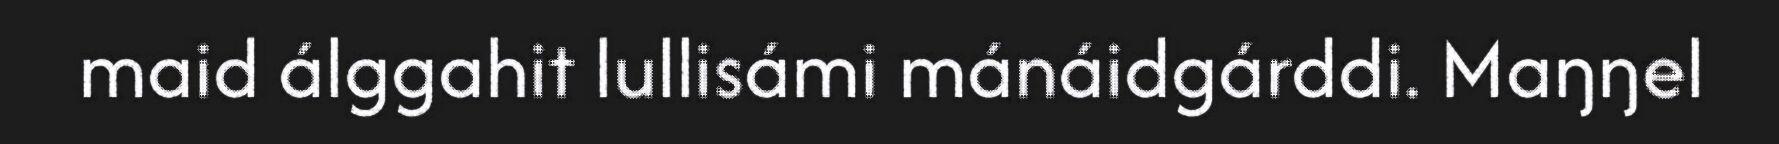
maid álggahit lullisámi mánáidgárddi. Maŋŋel